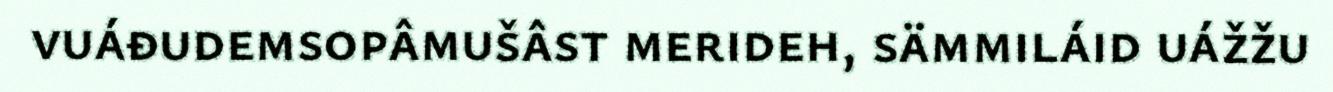
vuáđudemsopâmušâst merideh, sämmiláid uážžu